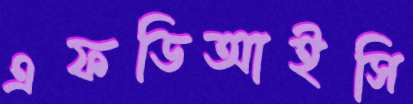
এফডিআইসি